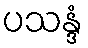
ပသန္ဒံ